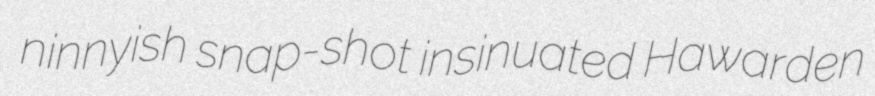
ninnyish snap-shot insinuated Hawarden